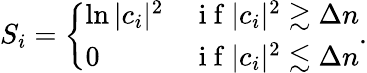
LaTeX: S_{i}=\left\{ \begin{array}{lr}{\ln|c_{i}|^{2}}&{\mathrm{~i~f~}|c_{i}|^{2}\gtrsim\Delta n}\\ {0}&{\mathrm{~i~f~}|c_{i}|^{2}\lesssim\Delta n}\end{array}\right..